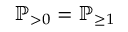
\ensuremath { \mathbb { P } } _ { > 0 } = \ensuremath { \mathbb { P } } _ { \geq 1 }